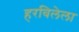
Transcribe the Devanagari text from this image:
हरविलेला